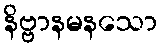
နိဗ္ဗာနမနသော